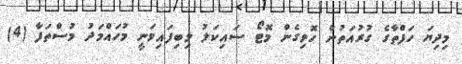
މިދިޔަ ހަފްތާގެ ގުރުއަތުން ހޮވިގެން މޮޓޯ ސައިކަލު ލިބިފައިވަނީ މުހައްމަދު މުސްތަފާ (4)